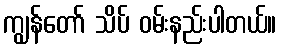
ကျွန်တော် သိပ် ဝမ်းနည်းပါတယ်။